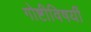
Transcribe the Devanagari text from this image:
गोष्टीविषयीं